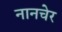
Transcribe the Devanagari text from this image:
नानचेर